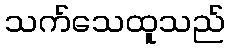
သက်သေထူသည်